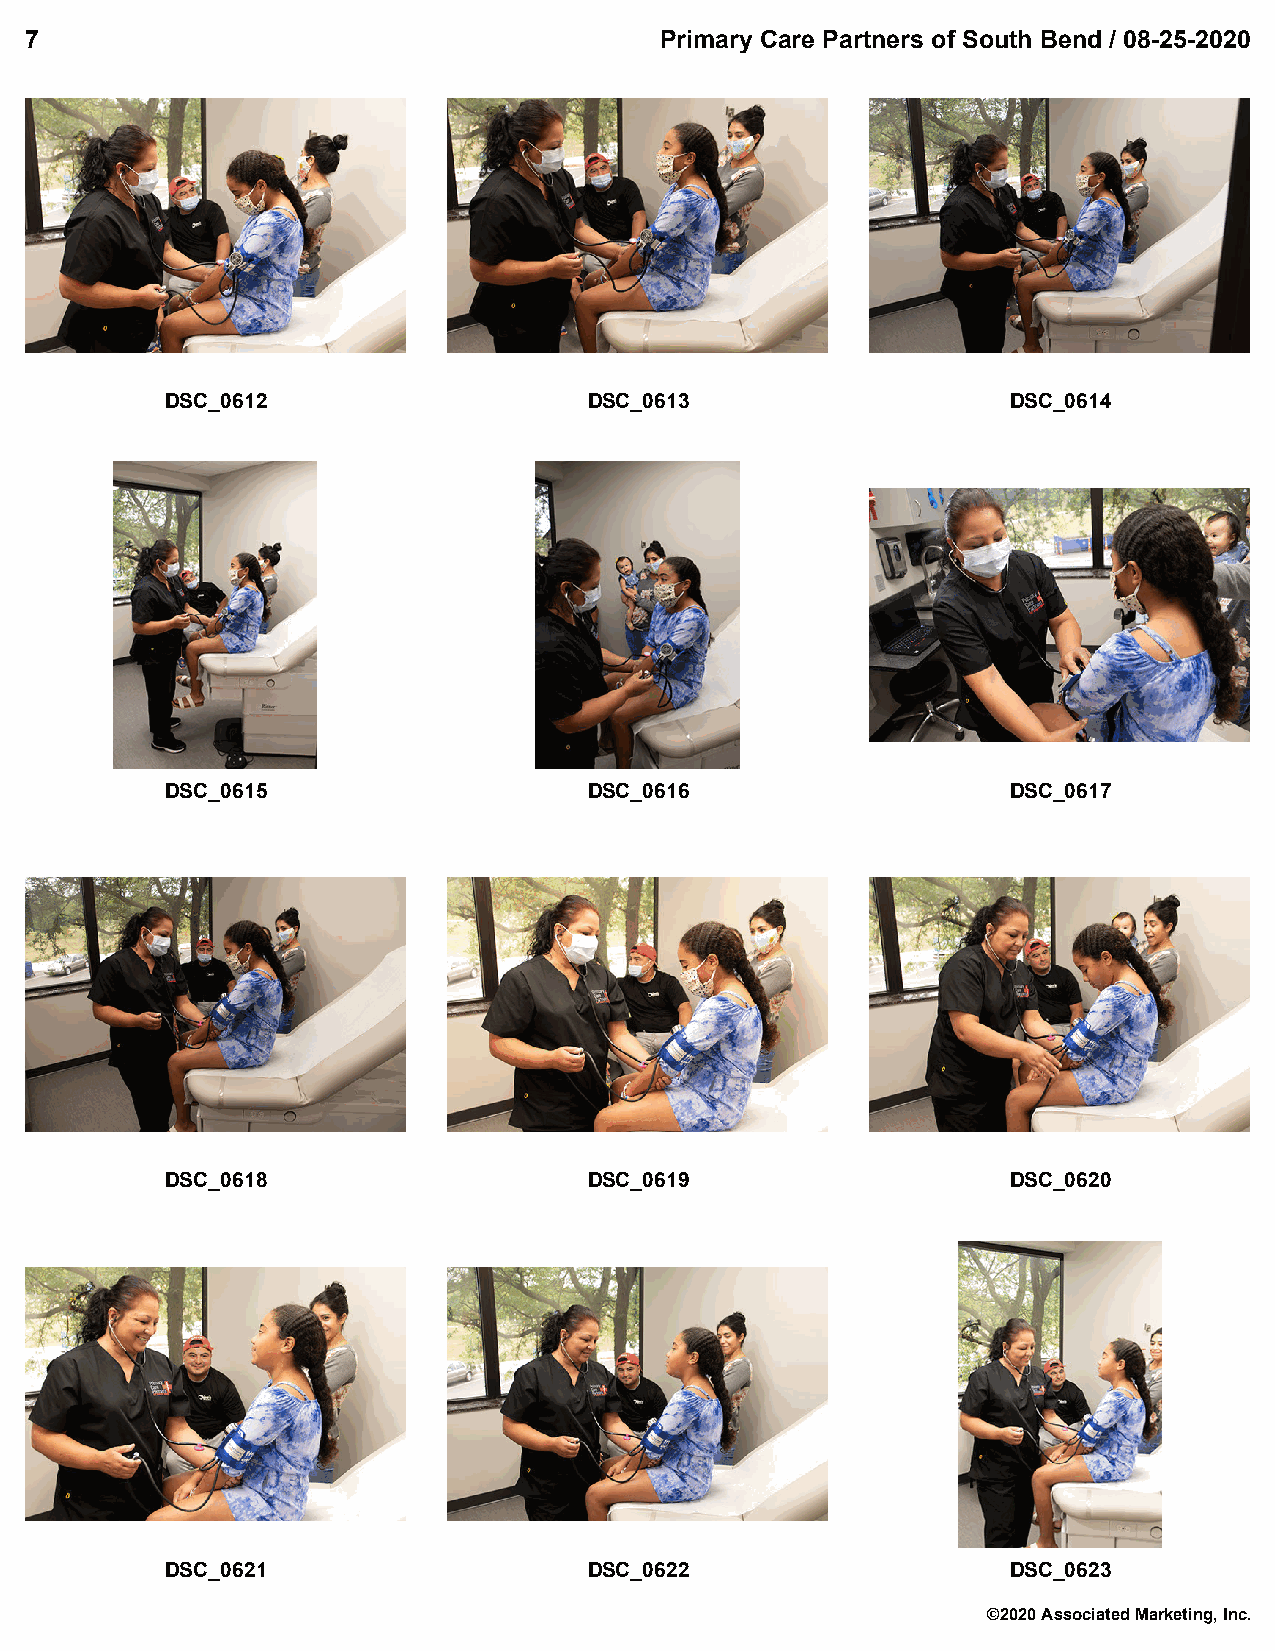
7                                         Primary Care Partners of South Bend / 08-25-2020
 DSC_0612                    DSC_0613                    DSC_0614
 DSC_0615                    DSC_0616                    DSC_0617
 DSC_0618                    DSC_0619                    DSC_0620
 DSC_0621                    DSC_0622                    DSC_0623
 ©2020 Associated Marketing, Inc.